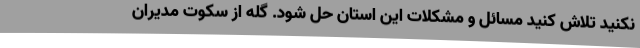
نکنید تلاش کنید مسائل و مشکلات این استان حل شود. گله از سکوت مدیران